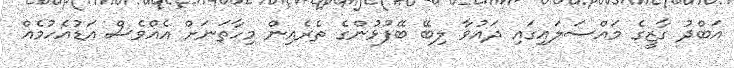
އަބްދު ގާޒީގެ މައްސަލައިގައި ދައުވާ ލިބޭ ބޭފުޅުންގެ ތެރެއިން މިހާތަނަށް އެއްވެސް އަޑުއެހުމެއް